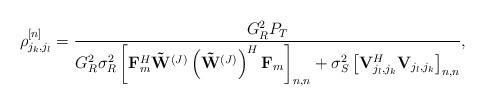
LaTeX: \begin{align*}\rho_{j_{k},j_{l}}^{[n]}=\frac{G_{R}^{2}P_{T}}{G_{R}^{2}\sigma_{R}^{2}\left[\mathbf{F}_{m}^{H}\mathbf{\tilde{W}}^{\left(J\right)}\left(\mathbf{\tilde{W}}^{\left(J\right)}\right)^{H}\mathbf{F}_{m}\right]_{n,n}+\sigma_{S}^{2}\left[\mathbf{V}_{j_{l},j_{k}}^{H}\mathbf{V}_{j_{l},j_{k}}\right]_{n,n}},\end{align*}